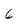
Character: 6